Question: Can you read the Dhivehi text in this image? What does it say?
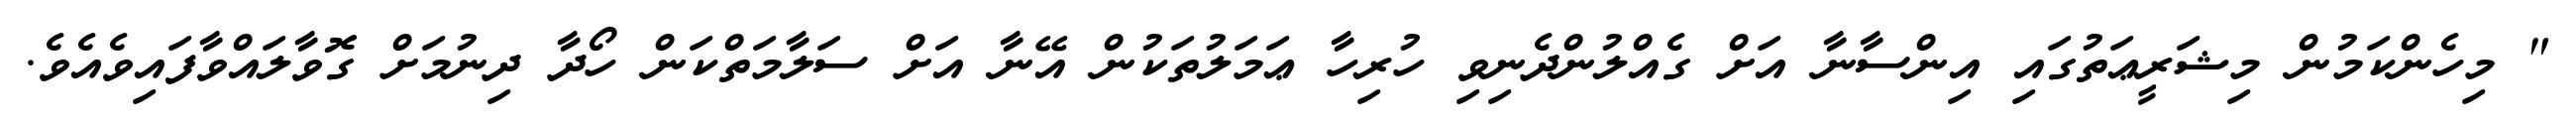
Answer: " މިހެންކަމުން މިޝަރީޢަތުގައި އިންސާނާ އަށް ގެއްލުންދެނިވި ހުރިހާ ޢަމަލުތަކުން އޭނާ އަށް ސަލާމަތްކަން ހޯދާ ދިނުމަށް ގޮވާލައްވާފައިވެއެވެ.